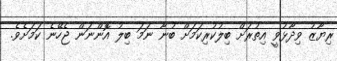
ރިޔާޒު ވިދާޅުވީ އިތުރަށް ބިލުކުރިކަމަށް ބުނާ ނަމަ ބިލު އޮންނަން ޖެހޭނެ ކަމަށެވެ.